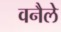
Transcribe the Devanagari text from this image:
वनैले